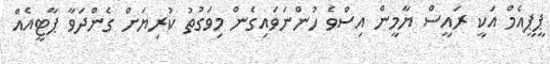
ޕީޕީއެމް އަކީ ރައީސް ޔާމީން އިސްވެ ހުންނަވައިގެން މިވަގުތު ކުރިޔަށް ގެންދަވާ ޕާޓީއެއް